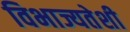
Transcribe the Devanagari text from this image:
विभाज्यतेशी